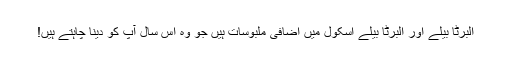
البرٹا بیلے اور البرٹا بیلے اسکول میں اضافی ملبوسات ہیں جو وہ اس سال آپ کو دینا چاہتے ہیں!